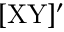
\mathrm { [ X Y ] ' }